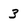
Character: 3